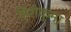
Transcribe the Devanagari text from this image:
हिरोकुमा